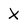
Character: x